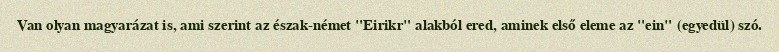
Van olyan magyarázat is, ami szerint az észak-német "Eirikr" alakból ered, aminek első eleme az "ein" (egyedül) szó.